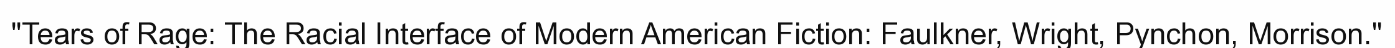
"Tears of Rage: The Racial Interface of Modern American Fiction: Faulkner, Wright, Pynchon, Morrison."